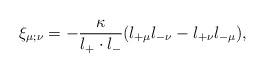
LaTeX: \begin{align*}\xi_{\mu;\nu}=-\frac{\kappa}{l_+ \cdot l_-}(l_{+\mu}l_{-\nu}-l_{+\nu}l_{-\mu}),\end{align*}